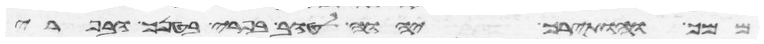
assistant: ממך והותירך יהוה לטוב בפרי בטנך ובפרי